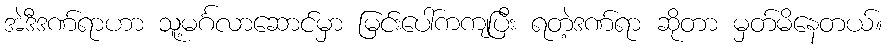
အဲဒီဒဏ်ရာဟာ သူ့မင်္ဂလာဆောင်မှာ မြင်းပေါ်ကကျပြီး ရတဲ့ဒဏ်ရာ ဆိုတာ မှတ်မိနေတယ်။